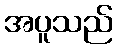
အပူသည်